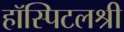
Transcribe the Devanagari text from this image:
हॉस्पिटलश्री